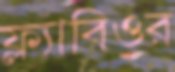
ফ্ল্যাবিওর